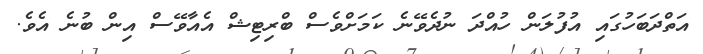
އަތްދަބަހުގައި އުފުލަން ހުއްދަ ނުދެވޭނެ ކަމަށްވެސް ބްރިޓިޝް އެއާވޭސް އިން ބުނެ އެވެ.